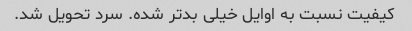
کیفیت نسبت به اوایل خیلی بدتر شده. سرد تحویل شد.